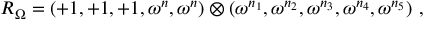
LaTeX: R _ { \Omega } = ( + 1 , + 1 , + 1 , \omega ^ { n } , \omega ^ { n } ) \otimes ( \omega ^ { n _ { 1 } } , \omega ^ { n _ { 2 } } , \omega ^ { n _ { 3 } } , \omega ^ { n _ { 4 } } , \omega ^ { n _ { 5 } } ) ~ , ~ \,